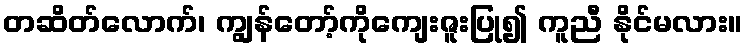
တဆိတ်လောက်၊ ကျွန်တော့်ကိုကျေးဇူးပြု၍ ကူညီ နိုင်မလား။